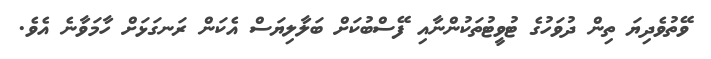
ވޭތުވެދިޔަ ތިން ދުވަހުގެ ޓުވީޓުތަކުންނާއި ފޭސްބުކަށް ބަލާލިޔަސް އެކަން ރަނގަޅަށް ހާމަވާނެ އެވެ.